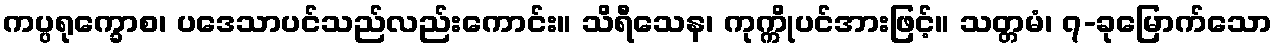
ကပ္ပရုက္ခောစ၊ ပဒေသာပင်သည်လည်းကောင်း။ သိရီသေန၊ ကုက္ကိုပင်အားဖြင့်။ သတ္တမံ၊ ၇-ခုမြောက်သော